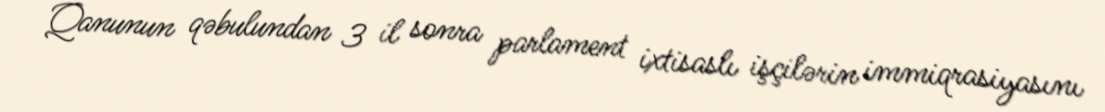
Qanunun qəbulundan 3 il sonra parlament ixtisaslı işçilərin immiqrasiyasını